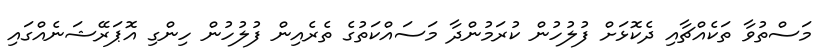
މަސްތުވާ ތަކެއްޗާއި ދެކޮޅަށް ފުލުހުން ކުރަމުންދާ މަސައްކަތުގެ ތެރެއިން ފުލުހުން ހިންގި އޮޕަރޭޝަނެއްގައި